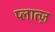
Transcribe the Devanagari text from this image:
प्लात्ज़